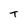
Character: t